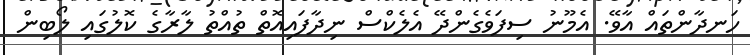
ހަނދާންތައް އާވޭ. އެމޫނު ސިފަވެގެންދޭ އެލެކްސް ނިދާފައިއޮތް ތުއްތު ލާރާގެ ކޮލުގައި ލޯބިން